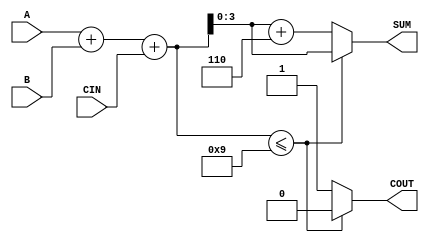
module BCD_Conditional_Adder (
    input  wire [3:0] A,      // First BCD digit input
    input  wire [3:0] B,      // Second BCD digit input
    input  wire CIN,          // Carry input
    output reg  [3:0] SUM,    // BCD result of the addition
    output reg  COUT          // Carry output
);

    wire [4:0] S;             // 5-bit sum to accommodate carry
    wire [4:0] corrected_sum; // Corrected sum after BCD adjustment

    // Step 1: Perform binary addition
    assign S = A + B + CIN;

    // Step 2: BCD correction logic
    always @(*) begin
        if (S <= 9) begin
            SUM = S[3:0];      // Valid BCD, no correction needed
            COUT = 1'b0;       // No carry out
        end else begin
            SUM = S[3:0] + 4'b0110; // Add 6 for BCD correction
            COUT = 1'b1;       // Carry out indicates overflow
        end
    end

endmodule